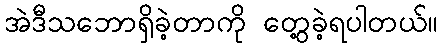
အဲဒီသဘောရှိခဲ့တာကို တွေ့ခဲ့ရပါတယ်။